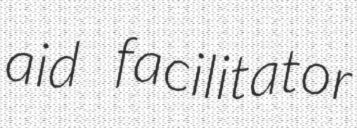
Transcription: aid facilitator